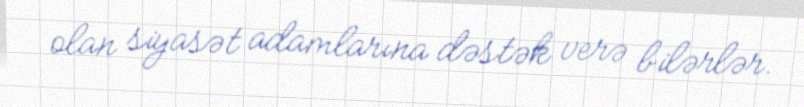
olan siyasət adamlarına dəstək verə bilərlər.